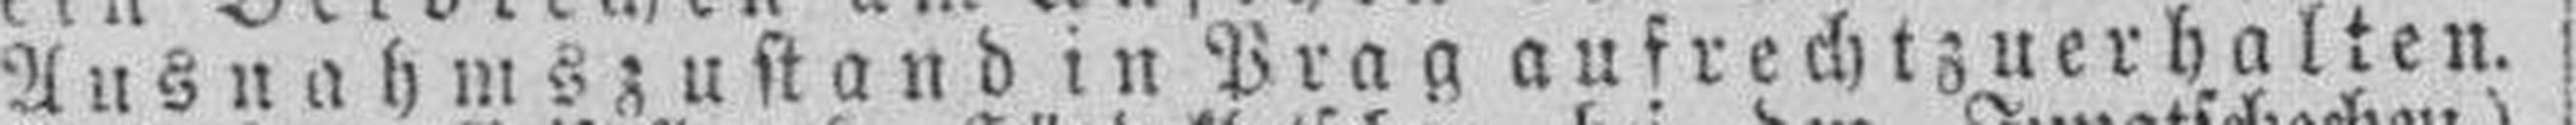
Ausnahms zustand in Prag auf recht zuer halten.